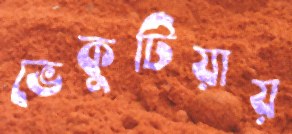
ভেকুটিয়ায়